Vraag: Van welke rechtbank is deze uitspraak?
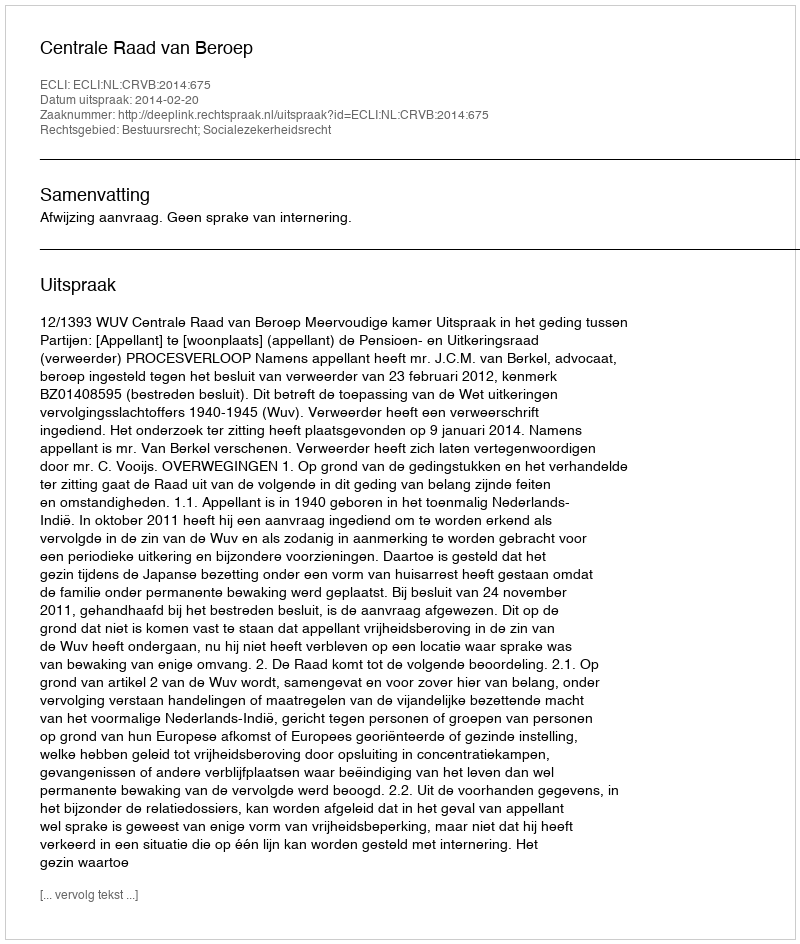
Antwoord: Centrale Raad van Beroep